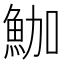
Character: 𩶛